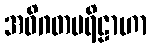
အဝိဂတပရိဠာဟာ